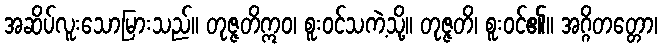
အဆိပ်လူးသောမြားသည်။ တုဇ္ဇတိဣဝ၊ စူးဝင်သကဲ့သို့။ တုဇ္ဇတိ၊ စူးဝင်၏။ အဂ္ဂိတတ္တော၊